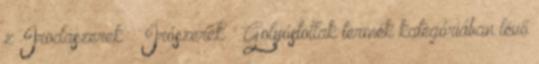
z Irodaszerek Írószerek Golyóstollak termék kategóriában lévő